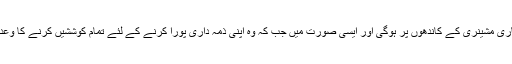
ظاہر ہے عدالتی فیصلے کو عملی جامہ پہنانے کی ذمہ داری حکومت اور سرکاری مشینری کے کاندھوں پر ہوگی اور ایسی صورت میں جب کہ وہ اپنی ذمہ داری پورا کرنے کے لئے تمام کوششیں کرنے کا وعدہ کرچکے ہیں تو انہیں بابری مسجد کی تعمیر نو کی راہ بھی ہموار کرنی ہوگی۔